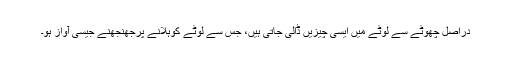
دراصل چھوٹے سے لوٹے میں ایسی چیزیں ڈالی جاتی ہیں، جس سے لوٹے کوہلانے پرجھنجھنے جیسی آواز ہو۔